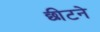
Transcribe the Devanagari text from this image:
छीटने